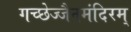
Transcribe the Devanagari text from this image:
गच्छेज्जैनमंदिरम्‌